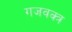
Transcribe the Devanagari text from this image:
गजवक्त्र